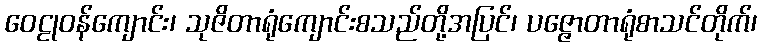
ဝေဠုဝန်ကျောင်း၊ သုဇိတာရုံကျောင်းစသည်တို့အပြင်၊ ပဇ္ဇောတာရုံစာသင်တိုက်၊